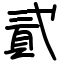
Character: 貳